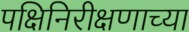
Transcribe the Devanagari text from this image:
पक्षिनिरीक्षणाच्या